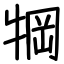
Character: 犅